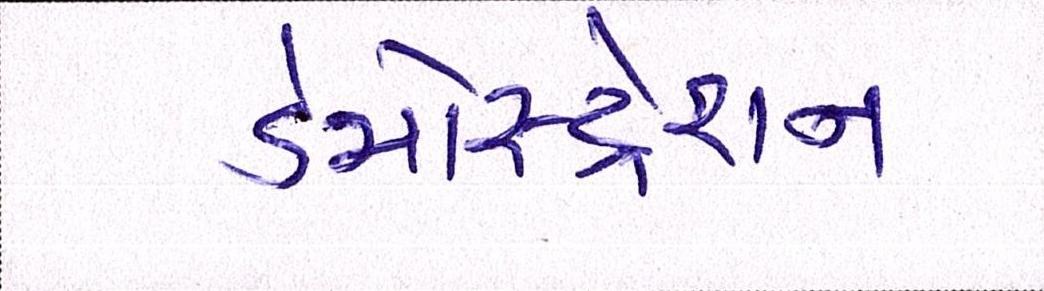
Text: ડેમોસ્ટ્રેશન